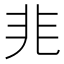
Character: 𭀡